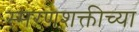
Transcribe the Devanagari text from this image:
स्मरणशक्तीच्या